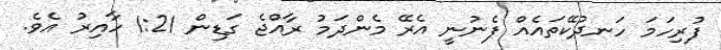
ފުރިހަމަ ހަނދުކޭތައެއް ފެނުނީ އެރޭ މެންދަމު ރާއްޖެ ގަޑިން 1:21 ހާއިރު އެވެ.